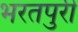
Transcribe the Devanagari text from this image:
भरतपुरी